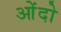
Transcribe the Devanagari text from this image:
ओंदो